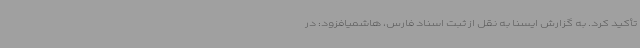
تأکید کرد. به گزارش ایسنا به نقل از ثبت اسناد فارس، هاشمیافزود: در